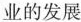
业的发展